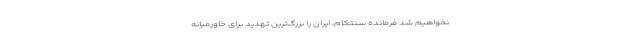
نخواهیم شد فرمانده سنتکام، ایران را بزرگ‌ترین تهدید برای خاورمیانه